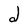
Character: d